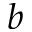
b